Annual statistical returns and brief notes on vaccination in Bengal - 1896-1909
Year: 1896
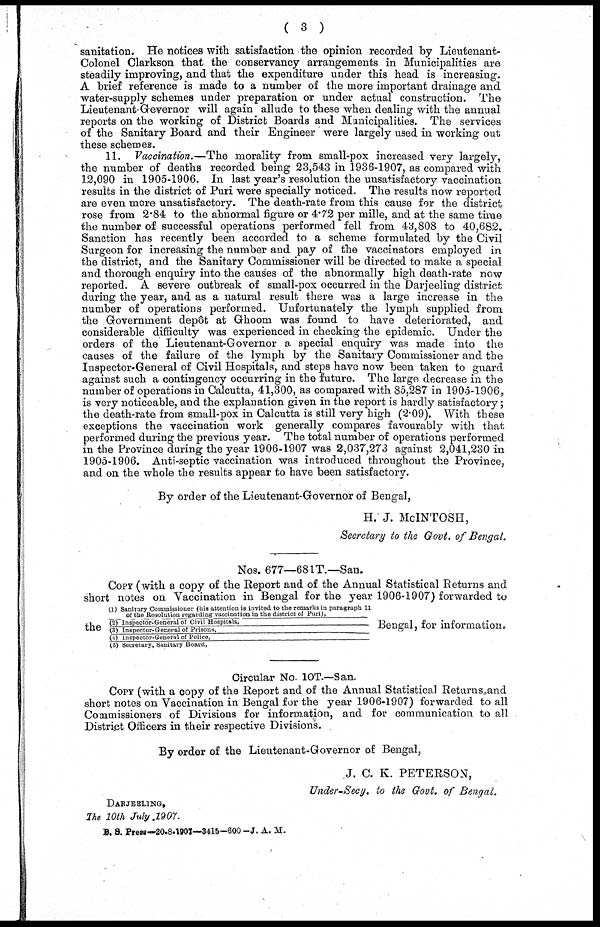
( 3 )
sanitation. He notices with satisfaction the opinion recorded by Lieutenant-
Colonel Clarkson that the conservancy arrangements in Municipalities are
steadily improving, and that the expenditure under this head is increasing.
A brief reference is made to a number of the more important drainage and
water-supply schemes under preparation or under actual construction. The
Lieutenant-Gevernor will again allude to these when dealing with the annual
reports on the working of District Boards and Municipalities. The services
of the Sanitary Board and their Engineer were largely used in working out
these schemes.
11. Vaccination.—The morality from small-pox increased very largely,
the number of deaths recorded being 23,543 in 1936-1907, as compared with
12,090 in 1905-1906. In last year's resolution the unsatisfactory vaccination
results in the district of Puri were specially noticed. The results now reported
are even more unsatisfactory. The death-rate from this cause for the district
rose from 2.84 to the abnormal figure or 4.72 per mille, and at the same time
the number of successful operations performed fell from 43,808 to 40,682.
Sanction has recently been accorded to a scheme formulated by the Civil
Surgeon for increasing the number and pay of the vaccinators employed in
the district, and the Sanitary Commissioner will be directed to make a special
and thorough enquiry into the causes of the abnormally high death-rate now
reported. A severe outbreak of small-pox occurred in the Darjeeling district
during the year, and as a natural result there was a large increase in the
number of operations performed. Unfortunately the lymph supplied from
the Government depôt at Ghoom was found to have deteriorated, and
considerable difficulty was experienced in checking the epidemic. Under the
orders of the Lieutenant-Governor a special enquiry was made into the
causes of the failure of the lymph by the Sanitary Commissioner and the
Inspector-General of Civil Hospitals, and steps have now been taken to guard
against such a contingency occurring in the future. The large decrease in the
number of operations in Calcutta, 41,300, as compared with 85,287 in 1905-1906,
is very noticeable, and the explanation given in the report is hardly satisfactory;
the death-rate from small-pox in Calcutta is still very high (2.09). With these
exceptions the vaccination work generally compares favourably with that
performed during the previous year. The total number of operations performed
in the Province during the year 1906-1907 was 2,037,273 against 2,041,230 in
1905-1906. Anti-septic vaccination was introduced throughout the Province,
and on the whole the results appear to have been satisfactory.
By order of the Lieutenant-Governor of Bengal,
H. J. McINTOSH,
Secretary to the Govt. of Bengal.
Nos. 677—681T.—San.
COPY (with a copy of the Report and of the Annual Statistical Returns and
short notes on Vaccination in Bengal for the year 1906-1907) forwarded to
the
(1) Sanitary Commissioner (his attention is invited to the remarks in paragraph 11
of the Resolution regarding vaccination in the district of Puri),
(2) Inspector-General of Civil Hospitals,
(3) Inspector-General of Prisons,
(4) inspector-General of Police,
(5) Secretary, Sanitary Board,
Bengal, for information.
Circular No. 10T.—San.
Copy (with a copy of the Report and of the Annual Statistical Returns and
short notes on Vaccination in Bengal for the year 1906-1907) forwarded to all
Commissioners of Divisions for information, and for communication to all
District Officers in their respective Divisions.
By order of the Lieutenant-Governor of Bengal,
J. C. K. PETERSON,
Under-Secy. to the Govt. of Bengal.
DARJEELING,
The 10th July 1907.
B. S. Press—20-8-1907—3415-600 -J. A. M.